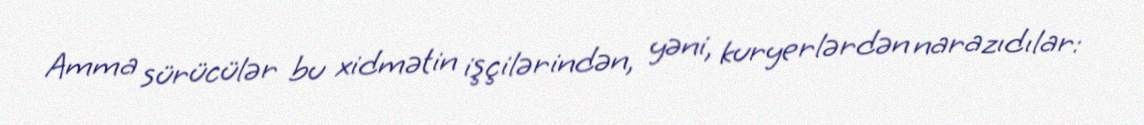
Amma sürücülər bu xidmətin işçilərindən, yəni, kuryerlərdən narazıdılar: